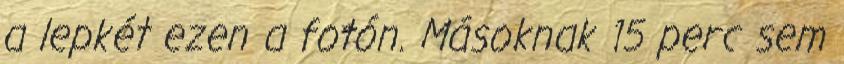
a lepkét ezen a fotón. Másoknak 15 perc sem